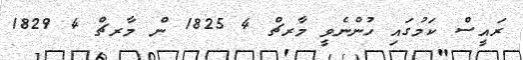
ރައީސް ކަމުގައި ހުންނެވީ މާރޗް 4 1825 ން މާރޗް 4 1829